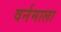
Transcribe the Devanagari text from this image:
वर्नमाला